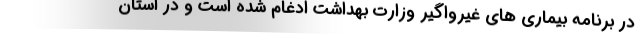
در برنامه بیماری های غیرواگیر وزارت بهداشت ادغام شده است و در استان